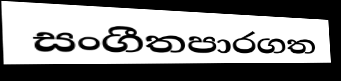
සංගීතපාරගත